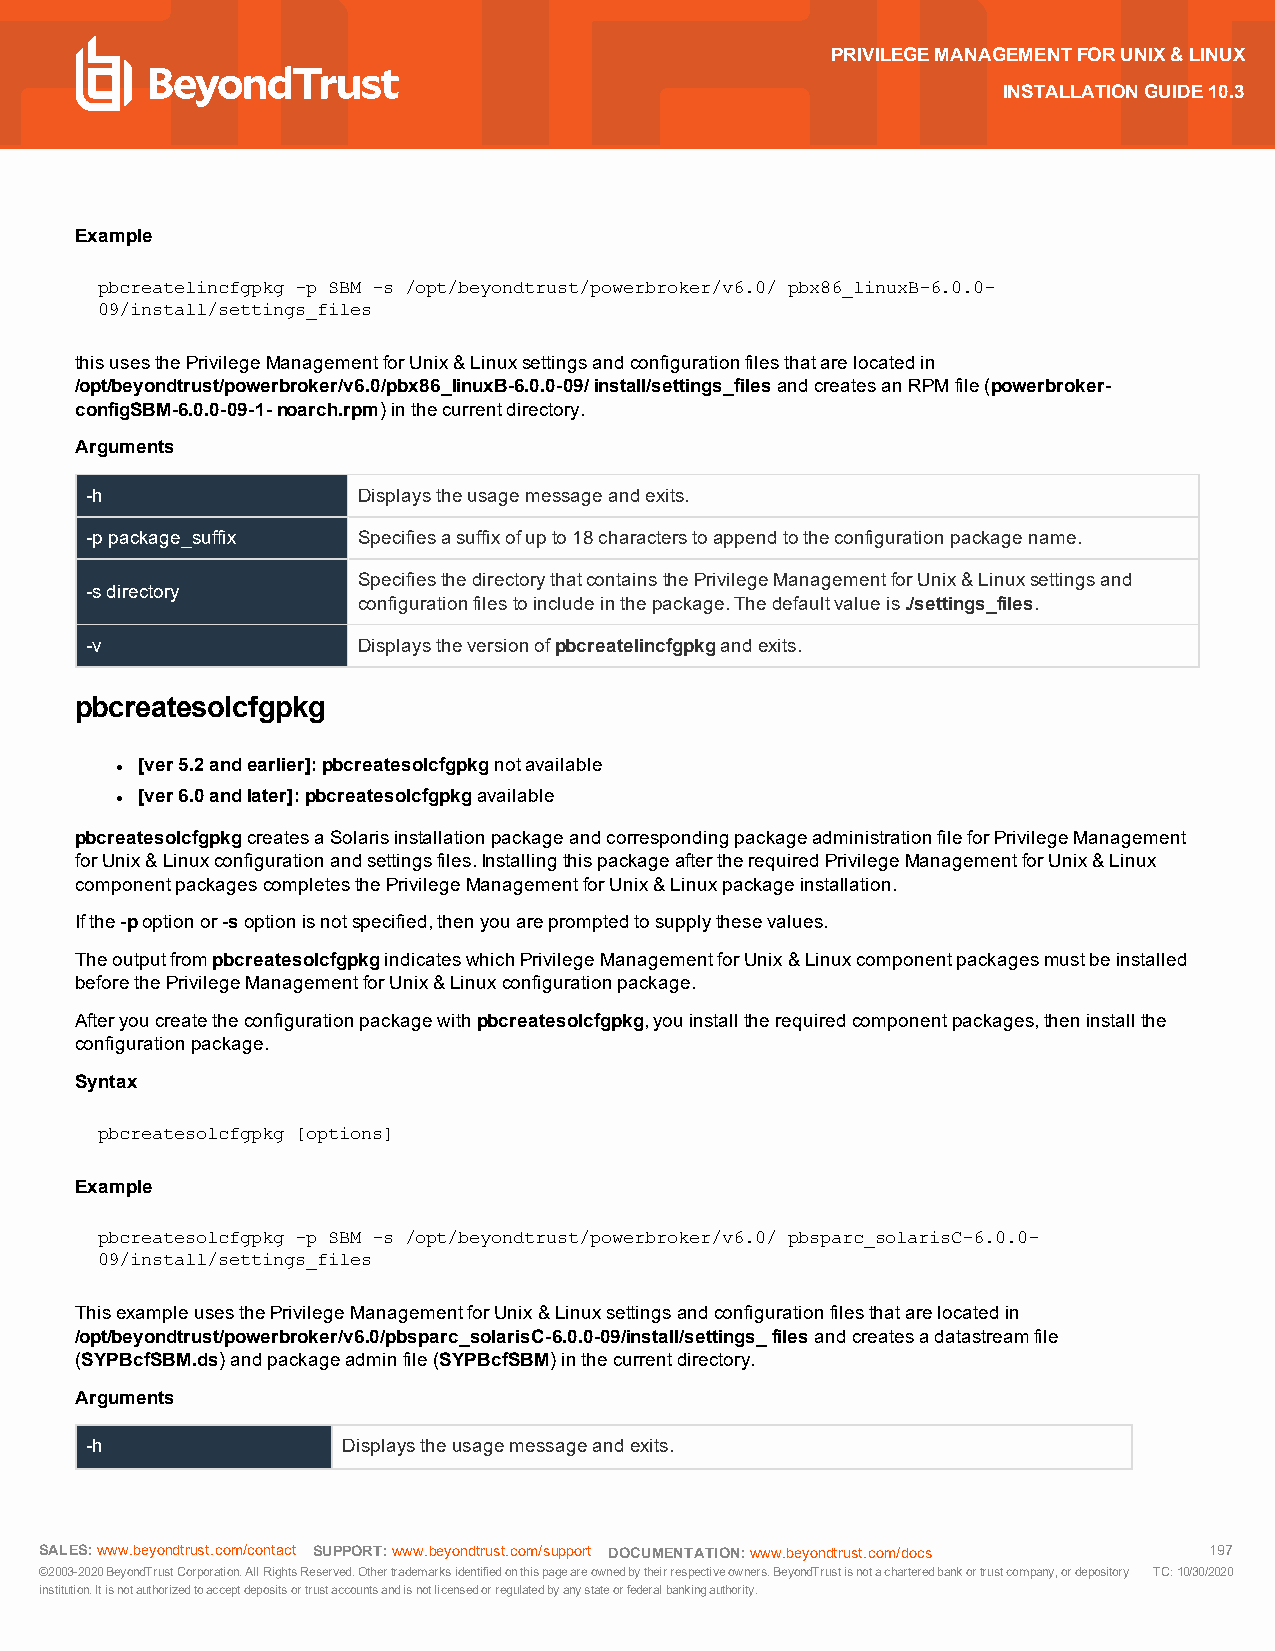
PRIVILEGEMANAGEMENTFORUNIX&LINUX
 INSTALLATIONGUIDE10.3
 Example
 pbcreatelincfgpkg -p SBM -s /opt/beyondtrust/powerbroker/v6.0/ pbx86_linuxB-6.0.0-
 09/install/settings_files
 thisusesthePrivilegeManagementforUnix&Linuxsettingsandconfigurationfilesthatarelocatedin
 /opt/beyondtrust/powerbroker/v6.0/pbx86_linuxB-6.0.0-09/install/settings_filesandcreatesanRPMfile(powerbroker-
 configSBM-6.0.0-09-1-noarch.rpm)inthecurrentdirectory.
 Arguments
 -h                Displaystheusagemessageandexits.
 -ppackage_suffix  Specifiesasuffixofupto18characterstoappendtotheconfigurationpackagename.
 SpecifiesthedirectorythatcontainsthePrivilegeManagementforUnix&Linuxsettingsand
 -sdirectory
 configurationfilestoincludeinthepackage.Thedefaultvalueis./settings_files.
 -v                Displaystheversionofpbcreatelincfgpkgandexits.
 pbcreatesolcfgpkg
 [ver5.2andearlier]:pbcreatesolcfgpkgnotavailable
 l
 [ver6.0andlater]:pbcreatesolcfgpkgavailable
 l
 pbcreatesolcfgpkgcreatesaSolarisinstallationpackageandcorrespondingpackageadministrationfileforPrivilegeManagement
 forUnix&Linuxconfigurationandsettingsfiles.InstallingthispackageaftertherequiredPrivilegeManagementforUnix&Linux
 componentpackagescompletesthePrivilegeManagementforUnix&Linuxpackageinstallation.
 Ifthe-poptionor-soptionisnotspecified,thenyouarepromptedtosupplythesevalues.
 TheoutputfrompbcreatesolcfgpkgindicateswhichPrivilegeManagementforUnix&Linuxcomponentpackagesmustbeinstalled
 beforethePrivilegeManagementforUnix&Linuxconfigurationpackage.
 Afteryoucreatetheconfigurationpackagewithpbcreatesolcfgpkg,youinstalltherequiredcomponentpackages,theninstallthe
 configurationpackage.
 Syntax
 pbcreatesolcfgpkg [options]
 Example
 pbcreatesolcfgpkg -p SBM -s /opt/beyondtrust/powerbroker/v6.0/ pbsparc_solarisC-6.0.0-
 09/install/settings_files
 ThisexampleusesthePrivilegeManagementforUnix&Linuxsettingsandconfigurationfilesthatarelocatedin
 /opt/beyondtrust/powerbroker/v6.0/pbsparc_solarisC-6.0.0-09/install/settings_filesandcreatesadatastreamfile
 (SYPBcfSBM.ds)andpackageadminfile(SYPBcfSBM)inthecurrentdirectory.
 Arguments
 -h               Displaystheusagemessageandexits.
 SALES:www.beyondtrust.com/contact SUPPORT:www.beyondtrust.com/support DOCUMENTATION:www.beyondtrust.com/docs 197
 ©2003-2020BeyondTrustCorporation.AllRightsReserved.Othertrademarksidentifiedonthispageareownedbytheirrespectiveowners.BeyondTrustisnotacharteredbankortrustcompany,ordepository TC:10/30/2020
 institution.Itisnotauthorizedtoacceptdepositsortrustaccountsandisnotlicensedorregulatedbyanystateorfederalbankingauthority.